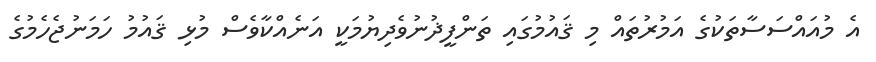
އެ މުއައްސަސާތަކުގެ އަމުރުތައް މި ޤައުމުގައި ތަންފީޛުނުވެދިޔުމަކީ އަނެއްކާވެސް މުޅި ޤައުމު ހަމަނުޖެހެމުގެ